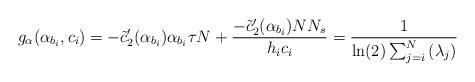
LaTeX: \begin{align*}g_{\alpha}(\alpha_{b_i},c_i)=-\tilde{c}_2'(\alpha_{b_i})\alpha_{b_i}\tau N+\frac{-\tilde{c}_2'(\alpha_{b_i})NN_s}{h_ic_i}=\frac{1}{\ln(2)\sum_{j=i}^{N}\left(\lambda_j\right)}\end{align*}